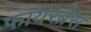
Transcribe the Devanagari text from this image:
फायरब्रेस